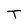
Character: T